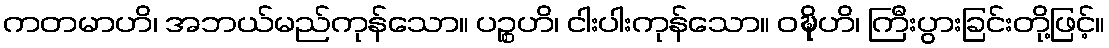
ကတမာဟိ၊ အဘယ်မည်ကုန်သော။ ပဉ္စဟိ၊ ငါးပါးကုန်သော။ ဝဍ္ဎိဟိ၊ ကြီးပွားခြင်းတို့ဖြင့်။